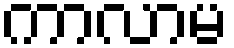
ကာလာမ